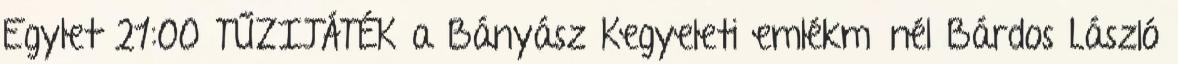
Egylet 21:00 TŰZIJÁTÉK a Bányász Kegyeleti emlékműnél Bárdos László